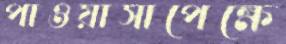
পাওয়াসাপেক্ষে